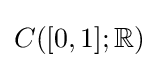
C([0,1];\mathbb {R} )